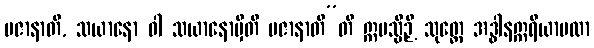
ပဇာနာတိ, သယာနော ဝါ သယာနောမှီတိ ပဇာနာတီ”တိ ဣမသ္မိဉှိ သုတ္တေ အဒ္ဓါနဣရိယာပထာ